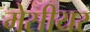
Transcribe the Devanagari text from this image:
मेसीयर